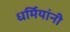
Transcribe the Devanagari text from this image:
धर्मियांनी